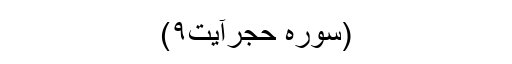
(سورہ حجرآیت۹)​